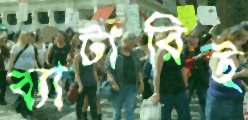
ব্যাটারিই